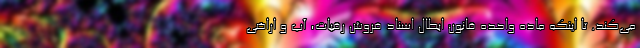
می‌کند. تا اینکه ماده واحده قانون ابطال اسناد فروش رقبات، آب و اراضی